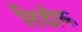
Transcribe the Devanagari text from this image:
तिडीक